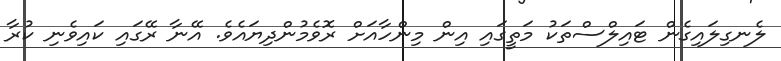
ލެނގިލައިގެން ޓައިލްސްތަކު މަތީގައި އިން މިންހާއަށް ރޮވެމުންދިޔައެވެ. އޭނާ ރޭގައި ކައިވެނި ކުރާ